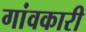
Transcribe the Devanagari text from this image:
गांवकारी